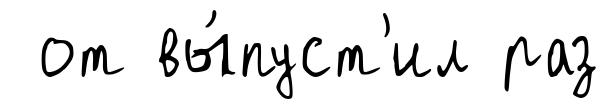
от вы́пуст'ил раз